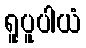
ရူပူပါယံ